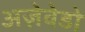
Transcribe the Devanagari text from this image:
अज़ेवेडो